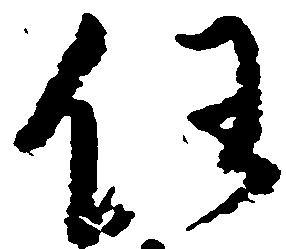
任